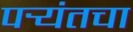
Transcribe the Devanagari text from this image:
पर्‍यंतचा